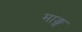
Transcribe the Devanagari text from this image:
माङ्ग